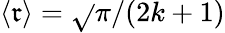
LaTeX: \left\langle\mathfrak{r}\right\rangle=\sqrt{}{{\pi/(2k+1)}}